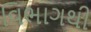
વિભાગથી